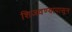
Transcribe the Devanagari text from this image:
शिजवण्यापासून